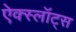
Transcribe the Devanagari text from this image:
ऐक्स्लॉट्स